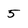
Character: 5